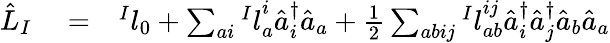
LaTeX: \begin{array}{rlr}{\hat{L}_{I}}&{{}=}&{{^Il}_{0}+\sum_{ai}{^Il}_{a}^{i}\hat{a}_{i}^{\dagger}\hat{a}_{a}+\frac{1}{2}\sum_{abij}{^Il}_{ab}^{ij}\hat{a}_{i}^{\dagger}\hat{a}_{j}^{\dagger}\hat{a}_{b}\hat{a}_{a}}\end{array}